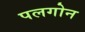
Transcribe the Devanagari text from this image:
पलगोन